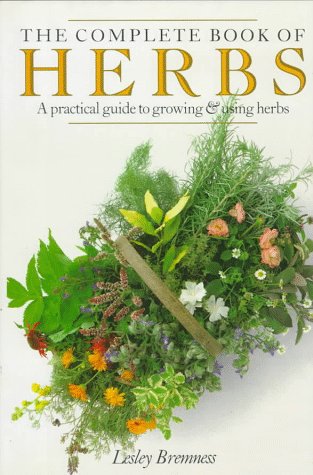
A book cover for The Complete Book of Herbs: A Practical Guide to Growing and Using Herbs; Lesley Bremness; Cookbooks, Food & Wine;